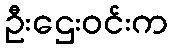
ဦးဌေးဝင်းက